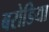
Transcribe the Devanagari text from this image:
बरोडिया